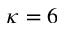
\kappa = 6